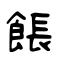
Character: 餦